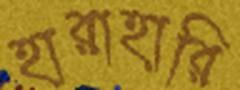
হারাহারি